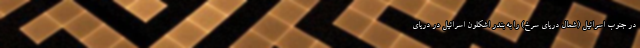
در جنوب اسرائیل (شمال دریای سرخ) را به بندر اشکلون اسرائیل در دریای